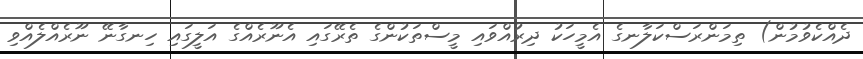
ދެއްކެވުމުން) ތިމަންރަސްކަލާނގެ އެމީހަކު ދިރުއްވައި މީސްތަކުންގެ ތެރޭގައި އެނޫރެއްގެ އަލީގައި ހިނގާނޭ ނޫރެއްލެއްވި